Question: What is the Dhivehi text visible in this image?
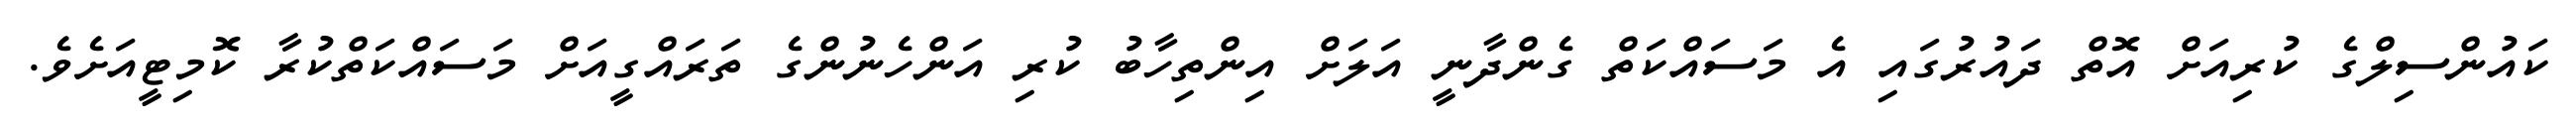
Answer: ކައުންސިލްގެ ކުރިއަށް އޮތް ދައުރުގައި އެ މަސައްކަތް ގެންދާނީ އަލަށް އިންތިހާބު ކުރި އަންހެނުންގެ ތަރައްގީއަށް މަސައްކަތްކުރާ ކޮމިޓީއަށެވެ.